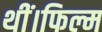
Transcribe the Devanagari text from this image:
थीं।फिल्म